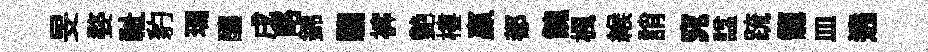
旻婺祉豹瑪釀戌略錦騶裤艶樓贏都餽楓緱誚窕諡䟽龍皿遶